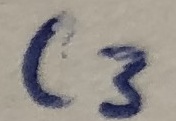
Text: C3